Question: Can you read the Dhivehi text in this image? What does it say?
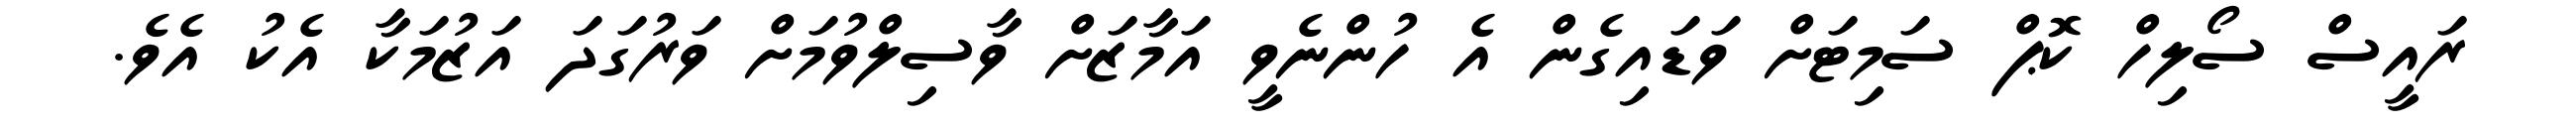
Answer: ރައީސް ސޯލިހް ކޮޕް ސަމިޓަށް ވަޑައިގެން އެ ހުންނެވީ އަމާޒަށް ވާސިލްވުމަށް ވަރުގަދަ އަޒުމަކާ އެކު އެވެ.